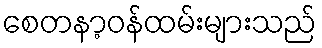
စေတနာ့ဝန်ထမ်းများသည်